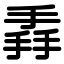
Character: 掱